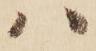
ハ